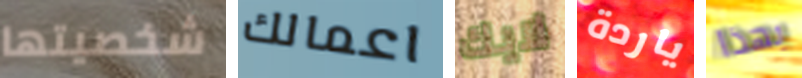
شخصيتها اعمالك لايك ياردة بهذا